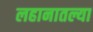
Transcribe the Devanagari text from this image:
लहानातल्या